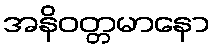
အနိဝတ္တမာနော